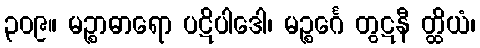
၃၀၉။ မဉ္စာဓာရော ပဋိပါဒေါ၊ မဉ္စင်္ဂေ တွဋနီ တ္ထိယံ၊